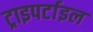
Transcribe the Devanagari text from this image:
ट्राइपर्टाइल